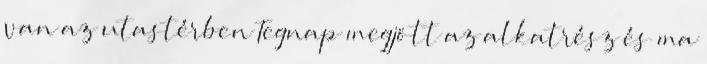
van az utastérben Tegnap megjött az alkatrész és ma